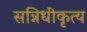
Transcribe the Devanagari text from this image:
सन्निधीकृत्य